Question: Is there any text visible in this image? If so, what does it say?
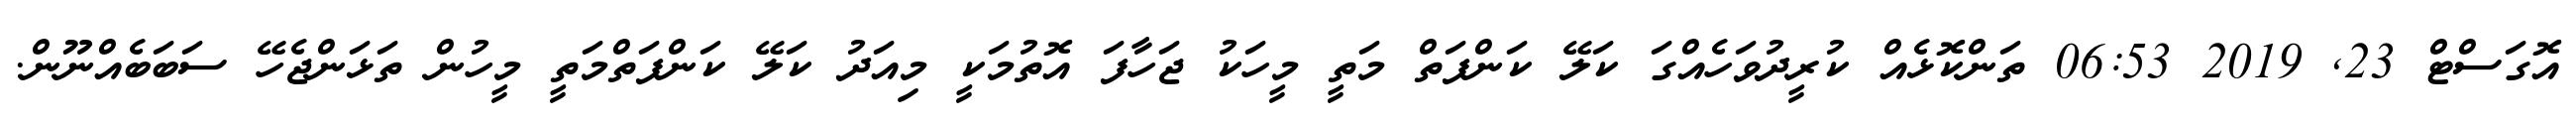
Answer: އޮގަސްޓް 23, 2019 06:53 ތަންކޮޅެއް ކުރީދުވަހެއްގަ ކަލޭ ކަންފަތް މަތީ މީހަކު ޖަހާފަ އޮތުމަކީ މިއަދު ކަލޭ ކަންފަތްމަތީ މީހުން ތަޅަންޖެހޭ ސަބަބެއްނޫން.